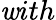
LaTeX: \mathit{w}ith